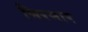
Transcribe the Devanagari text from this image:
मिरमार